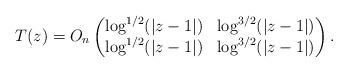
LaTeX: \begin{gather*} T(z) = O_n\left(\begin{matrix}\log^{1/2}(\vert z-1\vert) & \log^{3/2}(\vert z - 1\vert) \\\log^{1/2}(\vert z-1\vert) & \log^{3/2}(\vert z - 1\vert)\end{matrix}\right). \end{gather*}